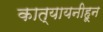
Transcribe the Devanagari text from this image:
कात्यायनीहून